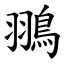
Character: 翵